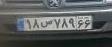
۱۸ص۷۸۹۶۶